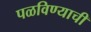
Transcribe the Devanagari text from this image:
पळविण्याची